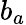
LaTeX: b_{a}